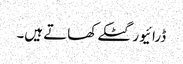
ڈرائیور گٹکے کھاتے ہیں۔